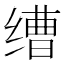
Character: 𬘿